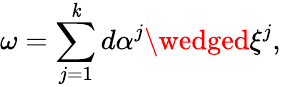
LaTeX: \omega=\sum_{j=1}^{\mathit{k}}d\alpha^{j}\wedged\xi^{j},